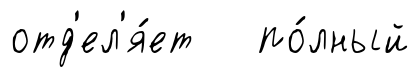
отд'ел'я́ет по́лный